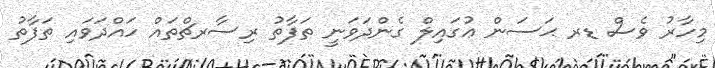
މިހާރު ވެސް ޑރ ޙަސަން ޢުގައިލް ގެންދަވަނީ ތަފާތު ރިސާރޗްތައް ހައްދަވައި ތަފާތު